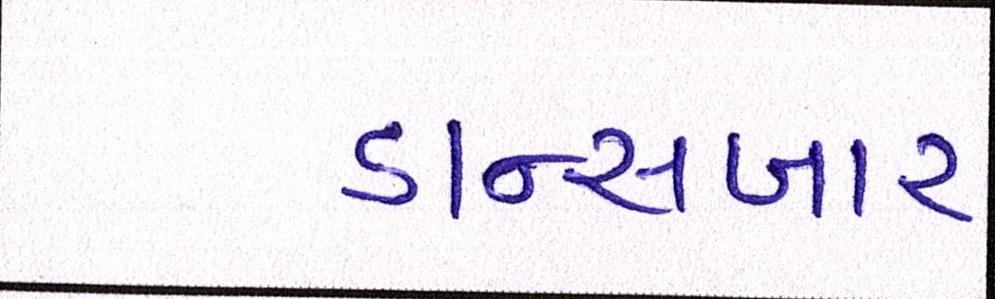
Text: ડાન્સબાર